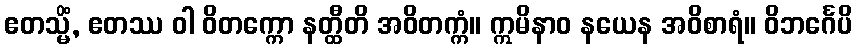
ဧတသ္မိံ, ဧတဿ ဝါ ဝိတက္ကော နတ္ထီတိ အဝိတက္ကံ။ ဣမိနာဝ နယေန အဝိစာရံ။ ဝိဘင်္ဂေပိ